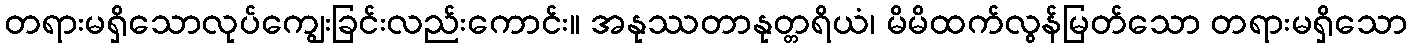
တရားမရှိသောလုပ်ကျွေးခြင်းလည်းကောင်း။ အနုဿတာနုတ္တရိယံ၊ မိမိထက်လွန်မြတ်သော တရားမရှိသော